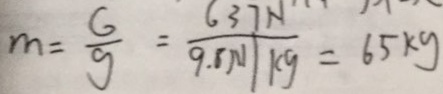
m = \frac { G } { g } = \frac { 6 3 7 N } { 9 . 8 N / k g } = 6 5 k g